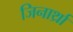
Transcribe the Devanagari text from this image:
जिनार्थ्रा